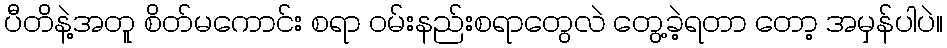
ပီတိနဲ့အတူ စိတ်မကောင်း စရာ ဝမ်းနည်းစရာတွေလဲ တွေ့ခဲ့ရတာ တော့ အမှန်ပါပဲ။